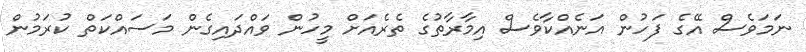
ނަމަވެސް އޭގެ ފަހުން އަނެއްކާވެސް އިމާރާތުގެ ތެރެއަށް މީހުން ވައްދައިގެން މަސައްކަތް ކުރަމުން